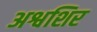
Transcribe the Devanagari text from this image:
अश्वशिर